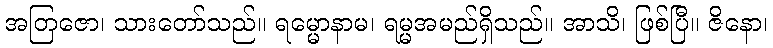
အတြဇော၊ သားတော်သည်။ ရမ္မောနာမ၊ ရမ္မအမည်ရှိသည်။ အာသိ၊ ဖြစ်ပြီ။ ဇိနော၊